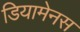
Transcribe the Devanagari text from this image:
डियामेनस